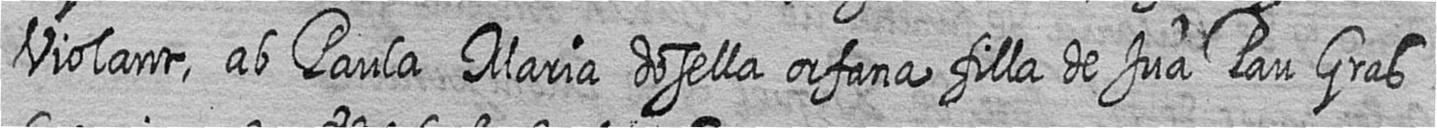
Violant ab Paula Maria dosella orfana filla de Jua Pau Gras